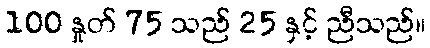
100 နှုတ် 75 သည် 25 နှင့် ညီသည်။